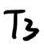
$T_3$